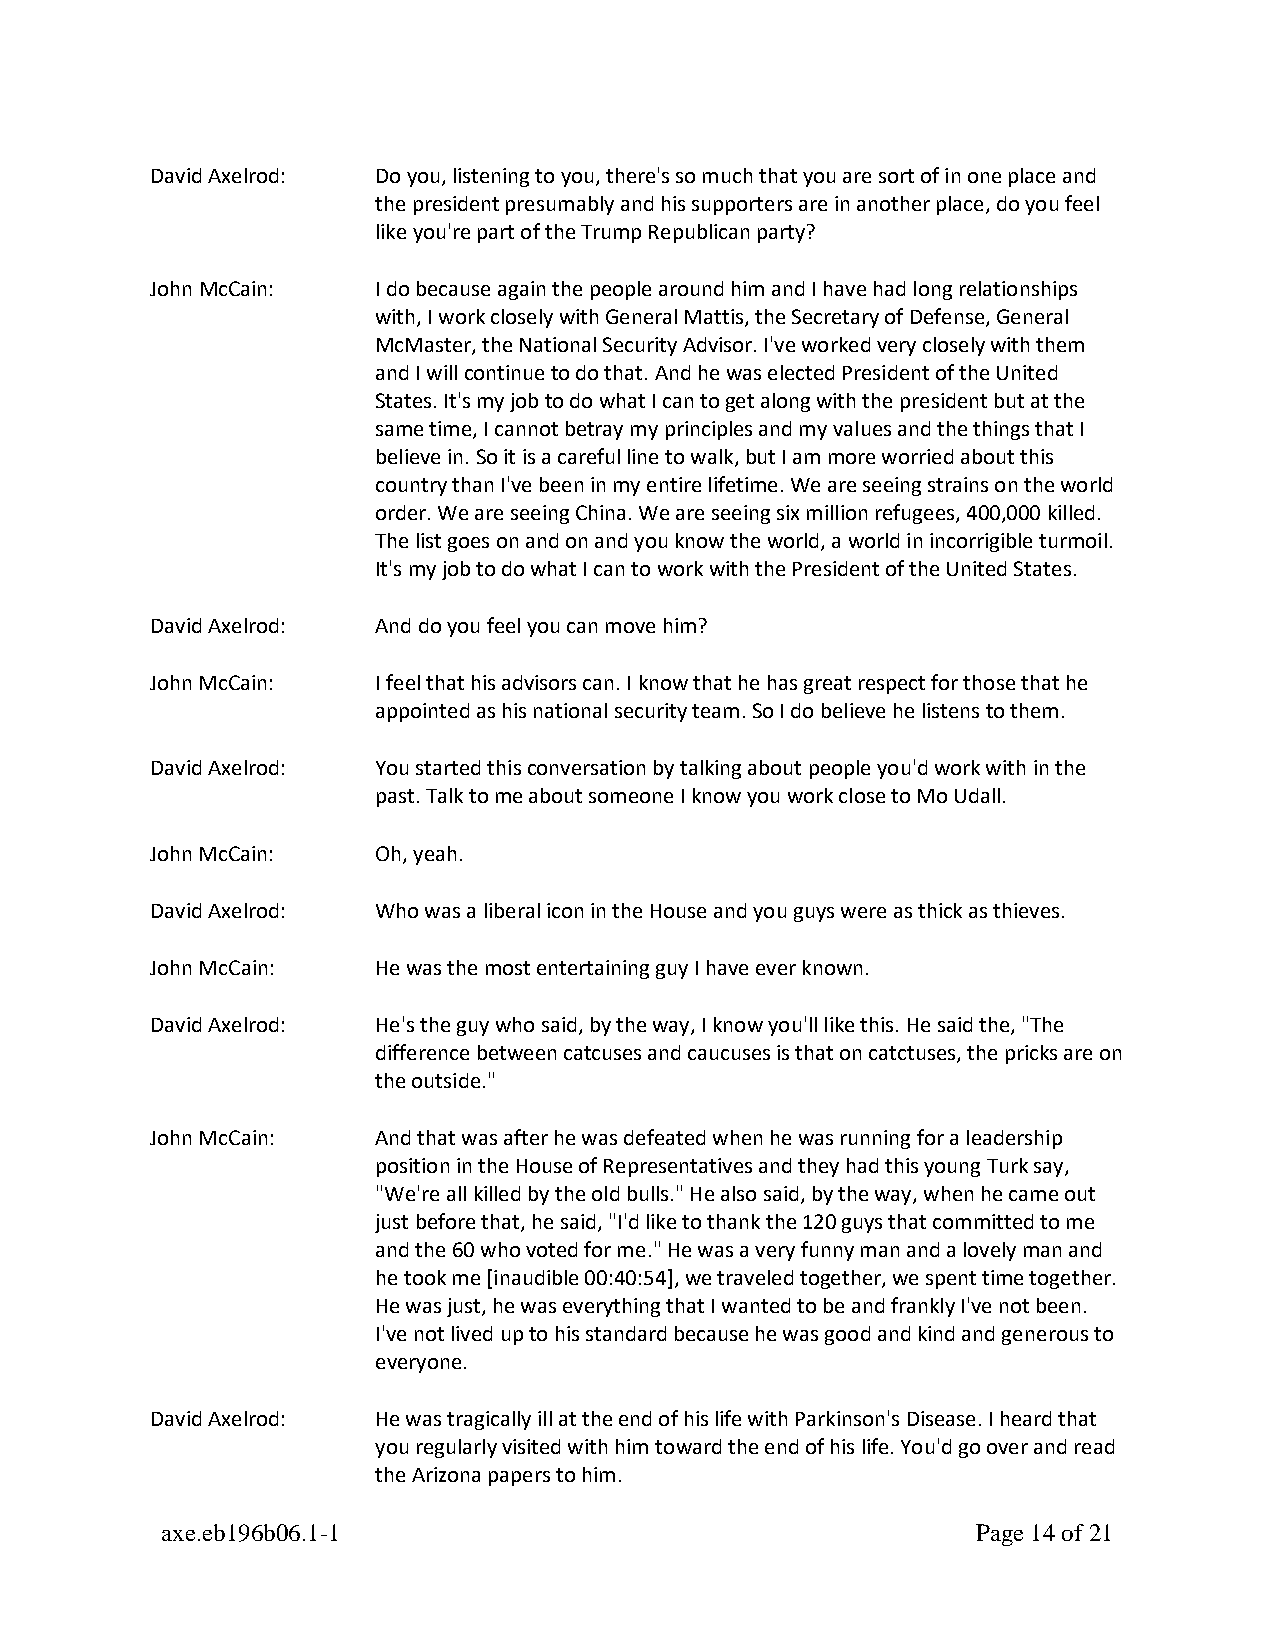
David Axelrod: Do you, listening to you, there's so much that you are sort of in one place and
 the president presumably and his supporters are in another place, do you feel
 like you're part of the Trump Republican party?
 John McCain:   I do because again the people around him and I have had long relationships
 with, I work closely with General Mattis, the Secretary of Defense, General
 McMaster, the National Security Advisor. I've worked very closely with them
 and I will continue to do that. And he was elected President of the United
 States. It's my job to do what I can to get along with the president but at the
 same time, I cannot betray my principles and my values and the things that I
 believe in. So it is a careful line to walk, but I am more worried about this
 country than I've been in my entire lifetime. We are seeing strains on the world
 order. We are seeing China. We are seeing six million refugees, 400,000 killed.
 The list goes on and on and you know the world, a world in incorrigible turmoil.
 It's my job to do what I can to work with the President of the United States.
 David Axelrod: And do you feel you can move him?
 John McCain:   I feel that his advisors can. I know that he has great respect for those that he
 appointed as his national security team. So I do believe he listens to them.
 David Axelrod: You started this conversation by talking about people you'd work with in the
 past. Talk to me about someone I know you work close to Mo Udall.
 John McCain:   Oh, yeah.
 David Axelrod: Who was a liberal icon in the House and you guys were as thick as thieves.
 John McCain:   He was the most entertaining guy I have ever known.
 David Axelrod: He's the guy who said, by the way, I know you'll like this. He said the, "The
 difference between catcuses and caucuses is that on catctuses, the pricks are on
 the outside."
 John McCain:   And that was after he was defeated when he was running for a leadership
 position in the House of Representatives and they had this young Turk say,
 "We're all killed by the old bulls." He also said, by the way, when he came out
 just before that, he said, "I'd like to thank the 120 guys that committed to me
 and the 60 who voted for me." He was a very funny man and a lovely man and
 he took me [inaudible 00:40:54], we traveled together, we spent time together.
 He was just, he was everything that I wanted to be and frankly I've not been.
 I've not lived up to his standard because he was good and kind and generous to
 everyone.
 David Axelrod: He was tragically ill at the end of his life with Parkinson's Disease. I heard that
 you regularly visited with him toward the end of his life. You'd go over and read
 the Arizona papers to him.
 axe.eb196b06.1-1                                      Page 14 of 21